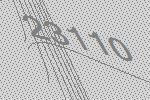
23110